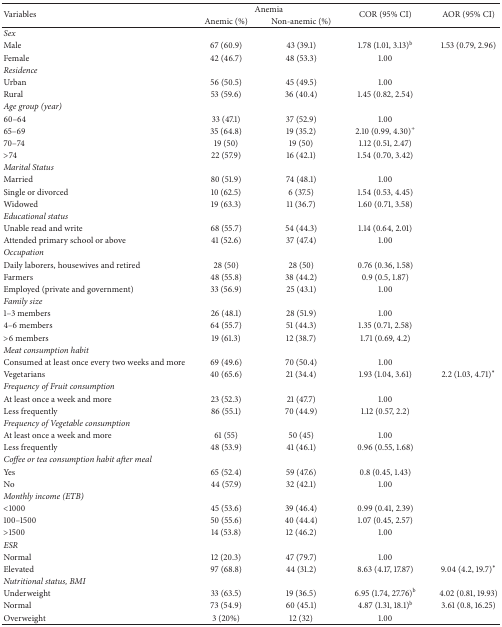
<table><thead><tr><td rowspan="2"><b>Variables</b></td><td colspan="2"><b>Anemia </b></td><td rowspan="2"><b>COR (95% CI)</b></td><td rowspan="2"><b>AOR (95% CI)</b></td></tr><tr><td><b>Anemic (%)</b></td><td><b>Non-anemic (%)</b></td></tr></thead><tbody><tr><td><i>Sex</i></td><td> </td><td> </td><td> </td><td> </td></tr><tr><td>Male</td><td>67 (60.9)</td><td>43 (39.1)</td><td>1.78 (1.01, 3.13)<sup>b</sup></td><td>1.53 (0.79, 2.96)</td></tr><tr><td>Female</td><td>42 (46.7)</td><td>48 (53.3)</td><td>1.00</td><td> </td></tr><tr><td><i>Residence</i></td><td> </td><td> </td><td> </td><td> </td></tr><tr><td>Urban</td><td>56 (50.5)</td><td>45 (49.5)</td><td>1.00</td><td> </td></tr><tr><td>Rural</td><td>53 (59.6)</td><td>36 (40.4)</td><td>1.45 (0.82, 2.54)</td><td> </td></tr><tr><td><i>Age group (year)</i></td><td> </td><td> </td><td> </td><td> </td></tr><tr><td>60–64</td><td>33 (47.1)</td><td>37 (52.9)</td><td>1.00</td><td> </td></tr><tr><td>65–69</td><td>35 (64.8)</td><td>19 (35.2)</td><td>2.10 (0.99, 4.30)<sup>+</sup></td><td> </td></tr><tr><td>70–74</td><td>19 (50)</td><td>19 (50)</td><td>1.12 (0.51, 2.47)</td><td> </td></tr><tr><td>&gt;74</td><td>22 (57.9)</td><td>16 (42.1)</td><td>1.54 (0.70, 3.42)</td><td> </td></tr><tr><td><i>Marital Status</i></td><td> </td><td> </td><td> </td><td> </td></tr><tr><td>Married</td><td>80 (51.9)</td><td>74 (48.1)</td><td>1.00</td><td> </td></tr><tr><td>Single or divorced</td><td>10 (62.5)</td><td>6 (37.5)</td><td>1.54 (0.53, 4.45)</td><td> </td></tr><tr><td>Widowed</td><td>19 (63.3)</td><td>11 (36.7)</td><td>1.60 (0.71, 3.58)</td><td> </td></tr><tr><td><i>Educational status</i></td><td> </td><td> </td><td> </td><td> </td></tr><tr><td>Unable read and write</td><td>68 (55.7)</td><td>54 (44.3)</td><td>1.14 (0.64, 2.01)</td><td> </td></tr><tr><td>Attended primary school or above</td><td>41 (52.6)</td><td>37 (47.4)</td><td>1.00</td><td> </td></tr><tr><td><i>Occupation</i></td><td> </td><td> </td><td> </td><td> </td></tr><tr><td>Daily laborers, housewives and retired</td><td>28 (50)</td><td>28 (50)</td><td>0.76 (0.36, 1.58)</td><td> </td></tr><tr><td>Farmers</td><td>48 (55.8)</td><td>38 (44.2)</td><td>0.9 (0.5, 1.87)</td><td> </td></tr><tr><td>Employed (private and government)</td><td>33 (56.9)</td><td>25 (43.1)</td><td>1.00</td><td> </td></tr><tr><td><i>Family size</i></td><td> </td><td> </td><td> </td><td> </td></tr><tr><td>1–3 members</td><td>26 (48.1)</td><td>28 (51.9)</td><td>1.00</td><td> </td></tr><tr><td>4–6 members</td><td>64 (55.7)</td><td>51 (44.3)</td><td>1.35 (0.71, 2.58)</td><td> </td></tr><tr><td>&gt;6 members</td><td>19 (61.3)</td><td>12 (38.7)</td><td>1.71 (0.69, 4.2)</td><td> </td></tr><tr><td><i>Meat consumption habit</i></td><td> </td><td> </td><td> </td><td> </td></tr><tr><td>Consumed at least once every two weeks and more</td><td>69 (49.6)</td><td>70 (50.4)</td><td>1.00</td><td> </td></tr><tr><td>Vegetarians</td><td>40 (65.6)</td><td>21 (34.4)</td><td>1.93 (1.04, 3.61)</td><td>2.2 (1.03, 4.71)<sup><i>∗</i></sup></td></tr><tr><td><i>Frequency of Fruit consumption</i></td><td> </td><td> </td><td> </td><td> </td></tr><tr><td>At least once a week and more</td><td>23 (52.3)</td><td>21 (47.7)</td><td>1.00</td><td> </td></tr><tr><td>Less frequently</td><td>86 (55.1)</td><td>70 (44.9)</td><td>1.12 (0.57, 2.2)</td><td> </td></tr><tr><td><i>Frequency of Vegetable consumption</i></td><td> </td><td> </td><td> </td><td> </td></tr><tr><td>At least once a week and more</td><td>61 (55)</td><td>50 (45)</td><td>1.00</td><td> </td></tr><tr><td>Less frequently</td><td>48 (53.9)</td><td>41 (46.1)</td><td>0.96 (0.55, 1.68)</td><td> </td></tr><tr><td><i>Coffee or tea consumption habit after meal</i></td><td> </td><td> </td><td> </td><td> </td></tr><tr><td>Yes</td><td>65 (52.4)</td><td>59 (47.6)</td><td>0.8 (0.45, 1.43)</td><td> </td></tr><tr><td>No</td><td>44 (57.9)</td><td>32 (42.1)</td><td>1.00</td><td> </td></tr><tr><td><i>Monthly income (ETB)</i></td><td> </td><td> </td><td> </td><td> </td></tr><tr><td>&lt;1000</td><td>45 (53.6)</td><td>39 (46.4)</td><td>0.99 (0.41, 2.39)</td><td> </td></tr><tr><td>100–1500</td><td>50 (55.6)</td><td>40 (44.4)</td><td>1.07 (0.45, 2.57)</td><td> </td></tr><tr><td>&gt;1500</td><td>14 (53.8)</td><td>12 (46.2)</td><td>1.00</td><td> </td></tr><tr><td><i>ESR</i></td><td> </td><td> </td><td> </td><td> </td></tr><tr><td>Normal</td><td>12 (20.3)</td><td>47 (79.7)</td><td>1.00</td><td> </td></tr><tr><td>Elevated</td><td>97 (68.8)</td><td>44 (31.2)</td><td>8.63 (4.17, 17.87)</td><td>9.04 (4.2, 19.7)<sup><i>∗</i></sup></td></tr><tr><td><i>Nutritional status, BMI</i></td><td> </td><td> </td><td> </td><td> </td></tr><tr><td>Underweight</td><td>33 (63.5)</td><td>19 (36.5)</td><td>6.95 (1.74, 27.76)<sup>b</sup></td><td>4.02 (0.81, 19.93)</td></tr><tr><td>Normal</td><td>73 (54.9)</td><td>60 (45.1)</td><td>4.87 (1.31, 18.1)<sup>b</sup></td><td>3.61 (0.8, 16.25)</td></tr><tr><td>Overweight</td><td>3 (20%)</td><td>12 (32)</td><td>1.00</td><td> </td></tr></tbody></table>